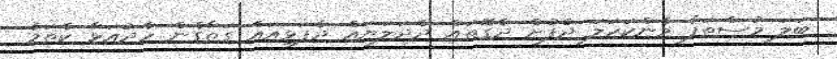
ބަލަ މުސްތަފާ މެންކަހަލަ ދެފުށް ދެގޮތައް ދެދަލަޔައް ދެފަޅިއައް ގަތާގެން ހެދުއަޅާ ކެތަމެ